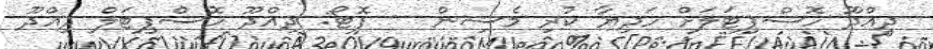
ދިއްދޫ ހޮސްޕިޓަލަށް ހަދިޔާ ކުރި މެޝިން -- ފޮޓޯ: ދިއްދޫ ހޮސްޕިޓަލް ދިއްދޫ